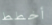
أخطط